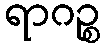
ရာဂဉ္စ